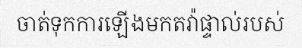
ចាត់ទុកការឡើងមកតវ៉ាផ្ទាល់របស់